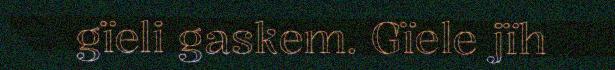
gïeli gaskem. Gïele jïh